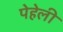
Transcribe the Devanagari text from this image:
पेहेली